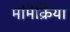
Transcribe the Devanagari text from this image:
ममिक्रिया